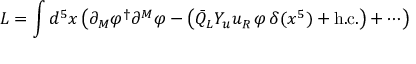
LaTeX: L = \int d ^ { 5 } x \left( \partial _ { M } \varphi ^ { \dagger } \partial ^ { M } \varphi - \left( \bar { Q } _ { L } Y _ { u } u _ { R } \, \varphi \, \delta ( x ^ { 5 } ) + \mathrm { h } . \mathrm { c } . \right) + \cdots \right)